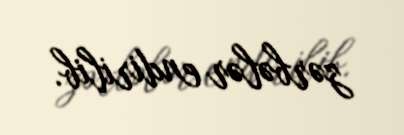
zərbələr endirilib.